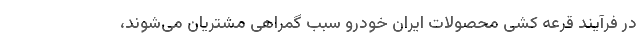
در فرآیند قرعه کشی محصولات ایران خودرو سبب گمراهی مشتریان می‌شوند،